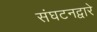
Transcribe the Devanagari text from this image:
संघटनद्वारे